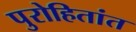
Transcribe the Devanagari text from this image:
पुरोहितांत